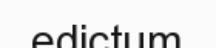
edictum